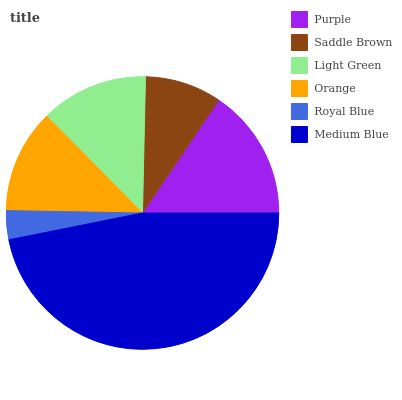
| Purple | Saddle Brown | Light Green | Orange | Royal Blue | Medium Blue |
 | --- | --- | --- | --- | --- | --- |
 | 15.6% | 9.11% | 12.8% | 12.3% | 3.44% | 46.8% |